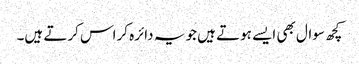
کچھ سوال بھی ایسے ہوتے ہیں جو یہ دائرہ کراس کرتے ہیں۔